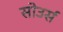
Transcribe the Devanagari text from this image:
सोउर्स